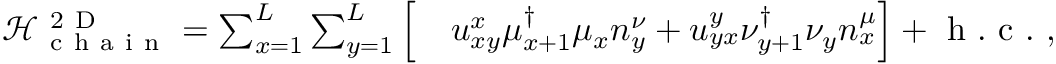
\begin{array} { r l } { \mathcal { H } _ { \mathrm { ~ c ~ h ~ a ~ i ~ n ~ } } ^ { \mathrm { ~ 2 ~ D ~ } } = \sum _ { x = 1 } ^ { L } \sum _ { y = 1 } ^ { L } \Big [ } & { { } u _ { x y } ^ { x } \mu _ { x + 1 } ^ { \dagger } \mu _ { x } n _ { y } ^ { \nu } + u _ { y x } ^ { y } \nu _ { y + 1 } ^ { \dagger } \nu _ { y } n _ { x } ^ { \mu } \Big ] + \mathrm { ~ h ~ . ~ c ~ . ~ } , } \end{array}